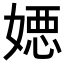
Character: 𡠇